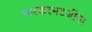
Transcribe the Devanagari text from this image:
भास्करभटजींना